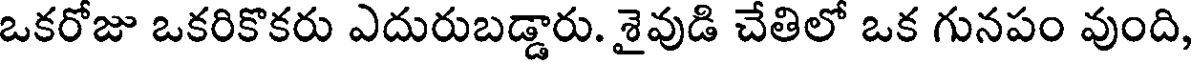
ఒకరోజు ఒకరికొకరు ఎదురుబడ్డారు. శైవుడి చేతిలో ఒక గునపం వుంది,